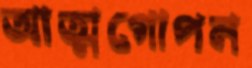
আত্মগোপন